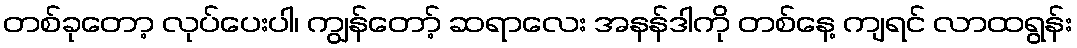
တစ်ခုတော့ လုပ်ပေးပါ၊ ကျွန်တော့် ဆရာလေး အနန်ဒါကို တစ်နေ့ ကျရင် လာထရွန်း